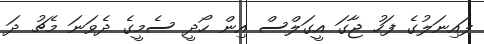
ފައިނަލުގެ ފަހު ޖާގަ އީގަލްސް އިން ހޯދީ ސެމީގެ ދެވަނަ މެޗު ދަ